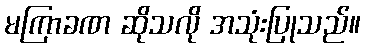
မကြာခဏ ဆိုသလို အသုံးပြုသည်။